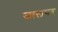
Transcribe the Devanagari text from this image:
जालपर